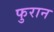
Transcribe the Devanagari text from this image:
फुरान